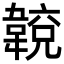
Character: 𩏈